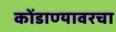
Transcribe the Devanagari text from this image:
कोंडाण्यावरचा